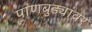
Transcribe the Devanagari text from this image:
पाणबुड्यांवर